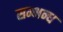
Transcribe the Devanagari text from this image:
सम्भन्ध